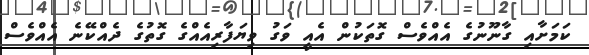
ކަމަށާއި ގާނޫނުގެ އެއްވެސް ގޮތަކުން އެއީ ވަގު ވިޔަފާރިއެއްގެ ގޮތުގެ ދެއްކޭނެ އެއްވެސް